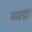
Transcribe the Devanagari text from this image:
व्यग्रः